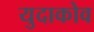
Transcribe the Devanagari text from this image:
युदाकोव